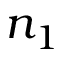
n _ { 1 }